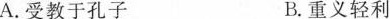
A.受教于孔子 B.重义轻利